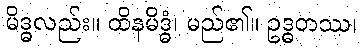
မိဒ္ဓလည်း။ ထိနမိဒ္ဓံ၊ မည်၏။ ဥဒ္ဓတဿ၊